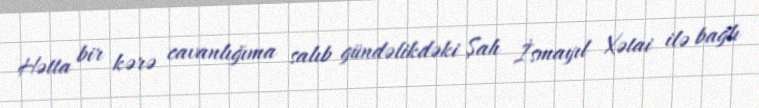
Hətta bir kərə cavanlığıma salıb gündəlikdəki Şah İsmayıl Xətai ilə bağlı